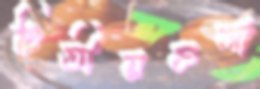
দ্বিতীয়তলা